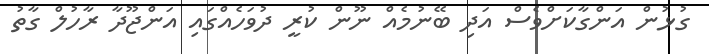
ގުޅުން އަންގާކަށްވެސް އަދި ބޭނުމެއް ނޫން ކުރީ ދުވަހެއްގައި އަންޖޫދާ ރާހުލް ގާތު